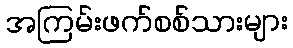
အကြမ်းဖက်စစ်သားများ